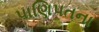
પાણિપતના